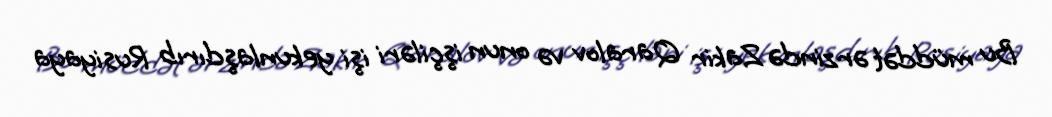
Bu müddət ərzində Zakir Qaralov və onun işçiləri işi yekunlaşdırıb Rusiyaya